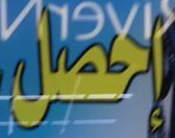
إحصل